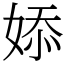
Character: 婖